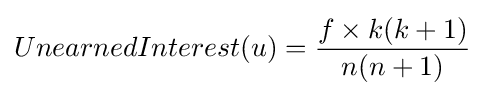
UnearnedInterest(u)={\frac {f\times k(k+1)}{n(n+1)}}